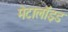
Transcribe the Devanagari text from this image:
मेटालॉइड